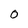
Character: 0